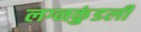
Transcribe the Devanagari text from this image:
लग्नकुंडली